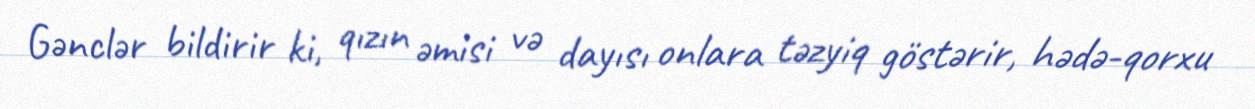
Gənclər bildirir ki, qızın əmisi və dayısı onlara təzyiq göstərir, hədə-qorxu